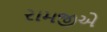
રામજીએ